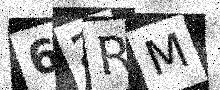
Text: 62RM